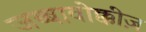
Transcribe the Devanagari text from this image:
जब्बावोक्कीज़